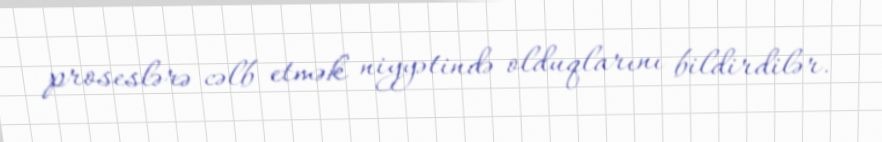
proseslərə cəlb etmək niyyətində olduqlarını bildirdilər.